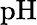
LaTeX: \mathrm{pH}